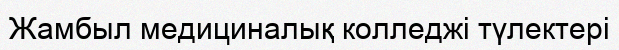
Жамбыл медициналық колледжі түлектері